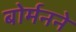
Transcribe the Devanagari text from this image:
बोर्मनने